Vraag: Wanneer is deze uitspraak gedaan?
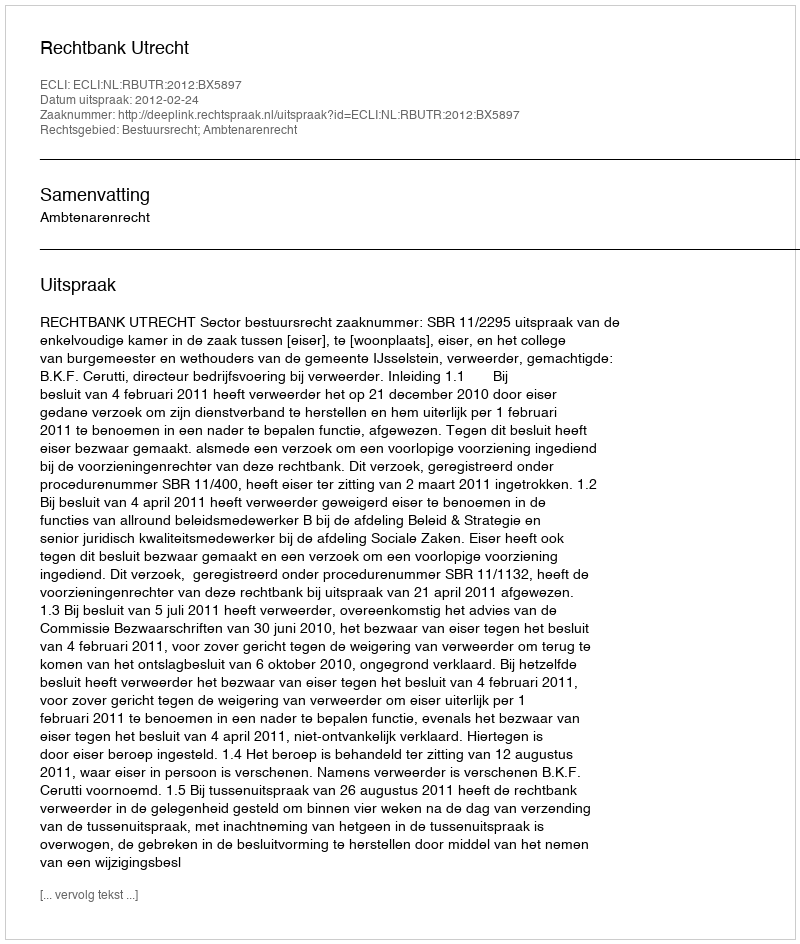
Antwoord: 2012-02-24